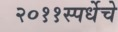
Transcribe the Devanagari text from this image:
२०११स्पर्धेचे